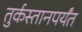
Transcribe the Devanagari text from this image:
तुर्कस्तानपर्यंत